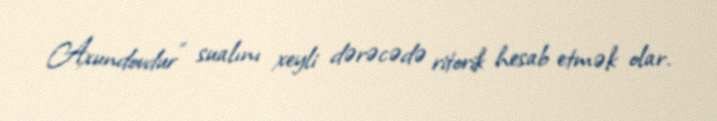
Axundovdur” sualını xeyli dərəcədə ritorik hesab etmək olar.